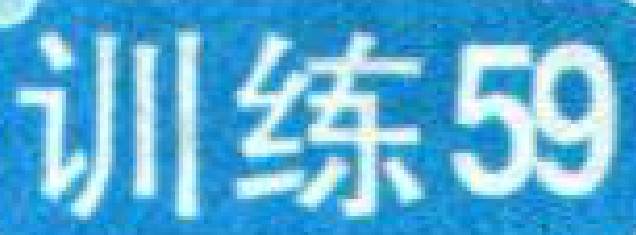
训练59